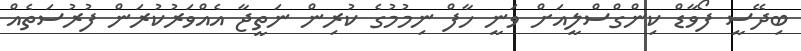
ބިދޭސީ ފޯވާޑް ކިންގްސްލީއަށް ވަނީ ހާފް ނިމުމުގެ ކުރިން ނަތީޖާ އެއްވަރުކުރަން ފުރުސަތެއް